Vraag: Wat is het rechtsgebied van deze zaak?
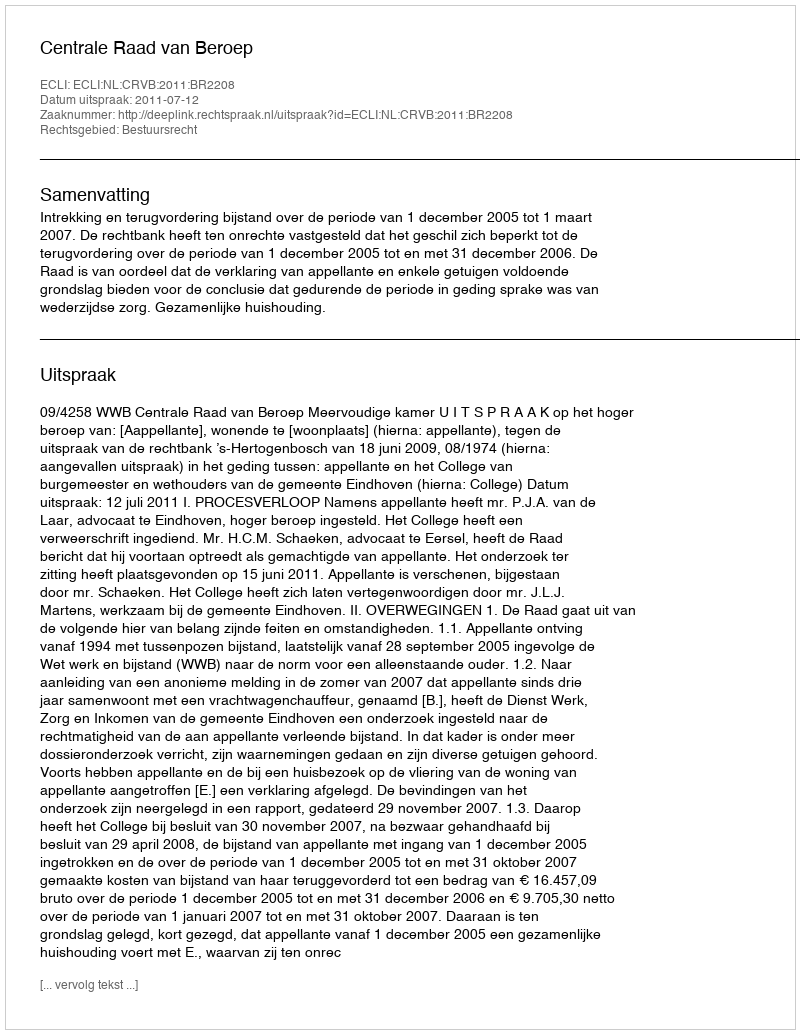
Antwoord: Bestuursrecht